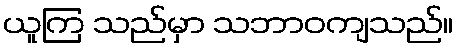
ယူကြ သည်မှာ သဘာဝကျသည်။